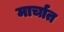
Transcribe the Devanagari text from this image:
मार्चात